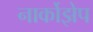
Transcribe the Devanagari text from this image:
नार्कोझेप